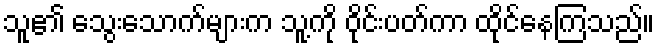
သူ၏ သွေးသောက်များက သူ့ကို ဝိုင်းပတ်ကာ ထိုင်နေကြသည်။